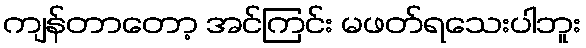
ကျန်တာတော့ အင်ကြင်း မဖတ်ရသေးပါဘူး